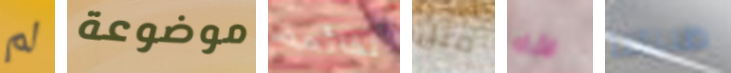
لم موضوعة لقائمة مثل الأباء ظننتنا